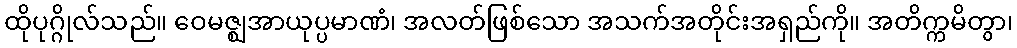
ထိုပုဂ္ဂိုလ်သည်။ ဝေမဇ္ဈအာယုပ္ပမာဏံ၊ အလတ်ဖြစ်သော အသက်အတိုင်းအရှည်ကို။ အတိက္ကမိတွာ၊